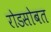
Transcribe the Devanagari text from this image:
रोडसोबत